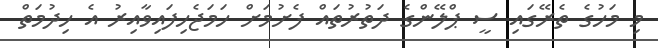
މި މަހުގެ ތެރޭގައި ސީ ޕްލޭންގެ ދަތުރުތައް ފެށުމަށް ހަމަޖެހިފައިވާއިރު އެ ހިދުމަތް